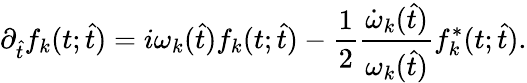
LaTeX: \partial_{\hat{t}}f_{k}(t;\hat{t})=i\omega_{k}(\hat{t})f_{k}(t;\hat{t})-\frac{1}{2}\frac{\dot{\omega}_{k}(\hat{t})}{\omega_{k}(\hat{t})}f_{k}^{*}(t;\hat{t}).